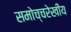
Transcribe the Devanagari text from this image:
समोच्चरेखीय